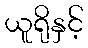
ယူရိုနှင့်